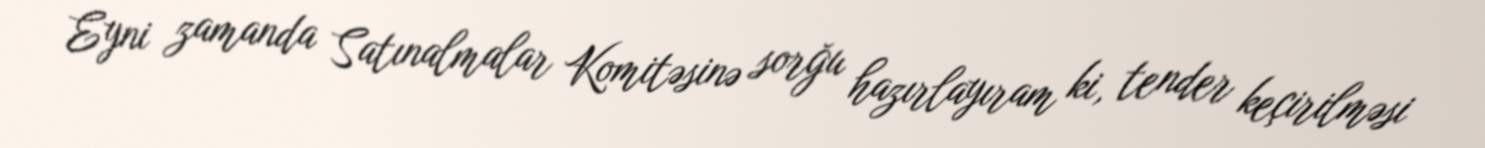
Eyni zamanda Satınalmalar Komitəsinə sorğu hazırlayıram ki, tender keçirilməsi